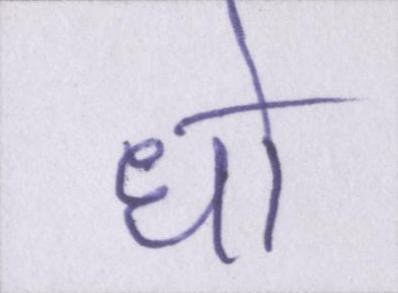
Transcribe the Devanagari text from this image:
धो